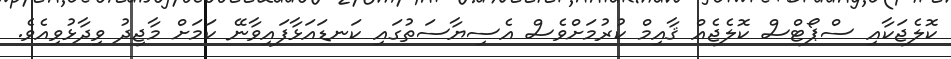
ކޮލެޖަކާއި ސްޕޯޓްސް ކޮލެޖެއް ޤާއިމް ކުރުމަށްވެސް އެސިޔާސަތުގައި ކަނޑައަޅާފައިވާނޭ ކަމަށް މާޖިދު ވިދާޅުވިއެވެ.